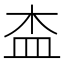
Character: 㭗